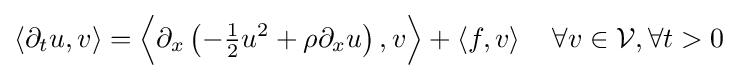
\left\langle \partial _{t}u,v\right\rangle ={\Bigl \langle }\partial _{x}\left(-{\tfrac {1}{2}}u^{2}+\rho \partial _{x}u\right),v{\Bigr \rangle }+\left\langle f,v\right\rangle \quad \forall v\in {\mathcal {V}},\forall t>0